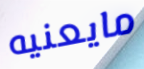
مايعنيه